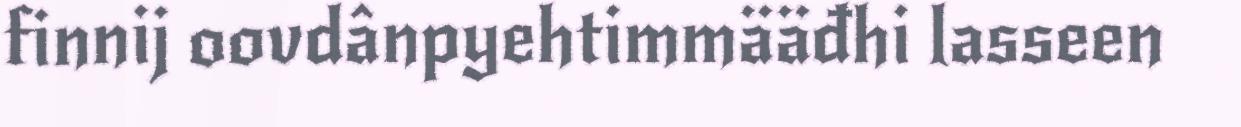
finnij oovdânpyehtimmääđhi lasseen